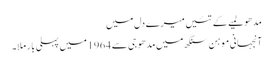
مدھو لمیے کے تئیں میرے دل میں
آنجہانی موہن سنگھ میں مدھو جی سے 1964 میں پہلی بار ملا۔